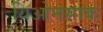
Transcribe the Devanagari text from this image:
यिओनसाक